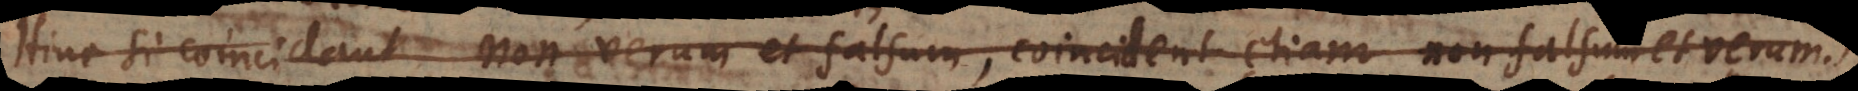
Hinc si coincidant non verum et falsum, coincident etiam non falsum et ver